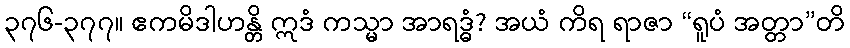
၃၇၆-၃၇၇။ ဧကမိဒါဟန္တိ ဣဒံ ကသ္မာ အာရဒ္ဓံ? အယံ ကိရ ရာဇာ “ရူပံ အတ္တာ”တိ